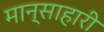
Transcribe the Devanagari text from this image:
मान्साहारी